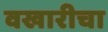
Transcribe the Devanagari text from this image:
वखारीचा